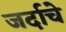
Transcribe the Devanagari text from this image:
जर्दाचे